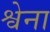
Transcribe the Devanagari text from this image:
श्वेना